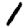
Digit: 1